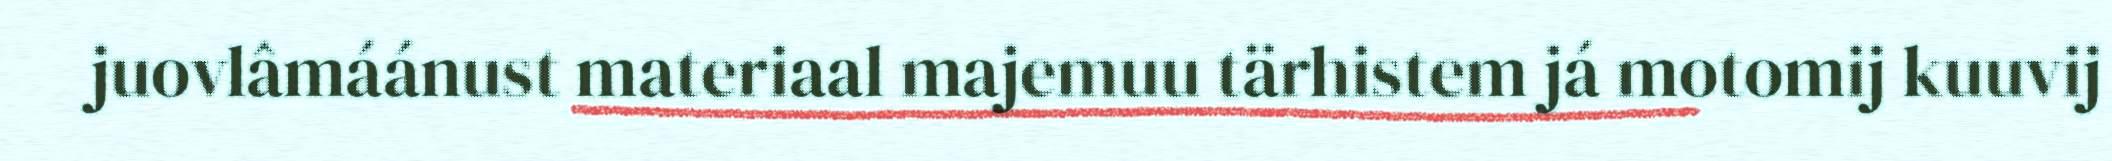
juovlâmáánust materiaal majemuu tärhistem já motomij kuuvij